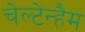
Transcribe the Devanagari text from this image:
चेल्टेन्हैम